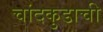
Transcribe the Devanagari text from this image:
चांदकुडाची